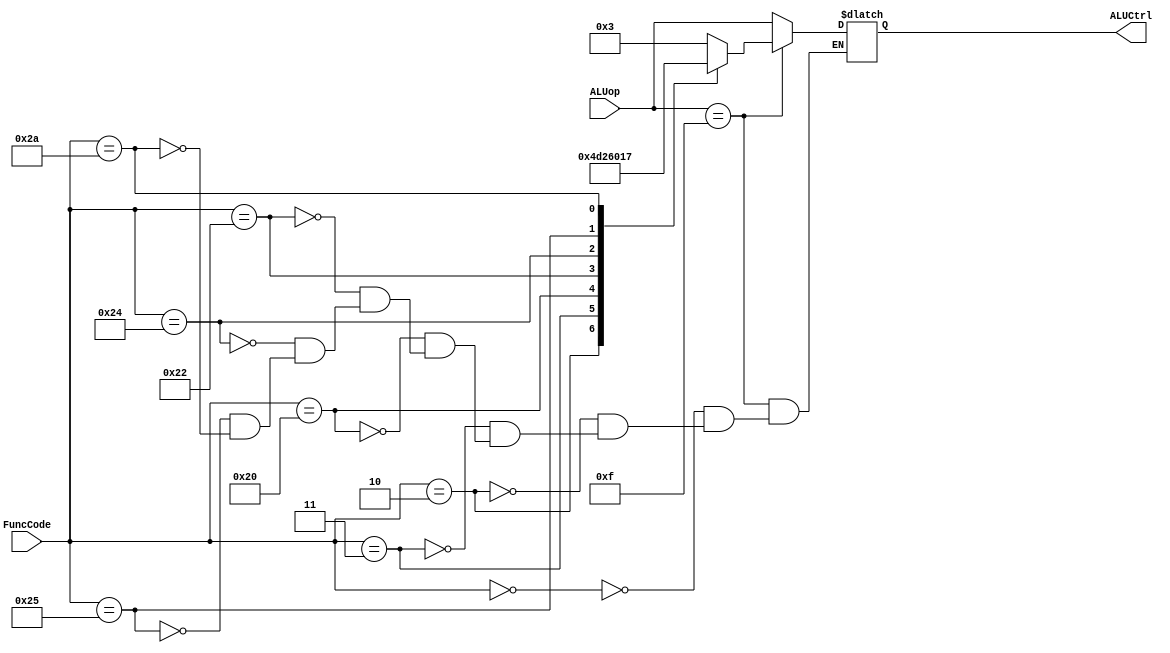
`timescale 1ns / 1ps
module ALUControl (ALUCtrl, ALUop, FuncCode);
	input [3:0] ALUop; //4 bits input
	input [5:0] FuncCode; //6 bits input
	output reg [3:0] ALUCtrl; //4 bits output
	
always @ (*)
begin
if(ALUop==4'b1111) //for R-type instructions
	begin
 		case(FuncCode)
			6'b000000 :ALUCtrl <= #2 4'b0011; //SLL
			6'b000010 :ALUCtrl <= #2 4'b0100; //SRL
			6'b000011 :ALUCtrl <= #2 4'b1101; //SRA
			6'b100000 :ALUCtrl <= #2 4'b0010; //ADD
			6'b100010 :ALUCtrl <= #2 4'b0110; //SUB
			6'b100100 :ALUCtrl <= #2 4'b0000; //AND
			6'b100101 :ALUCtrl <= #2 4'b0001; //OR
			6'b101010 :ALUCtrl <= #2 4'b0111; //SLT
		endcase
	end
else begin
	ALUCtrl <= #2 ALUop; end//for I-type instructions
	
end
endmodule